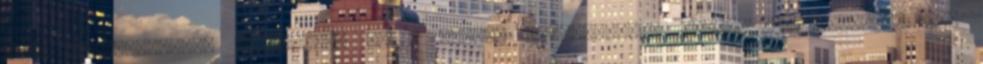
zene törvényeivel, ritmusával és a magyar zenetudomány irodalomtörténetével is;